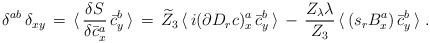
LaTeX: \begin{align*} \delta^{ab} \, \delta_{xy}\, =\, \langle \, \frac{\delta S}{\delta\bar c^a_x} \, \bar c^b_y\, \rangle\, =\, \widetilde Z_3 \, \langle \, i (\partial D_r c)^a_x \, \bar c^b_y\, \rangle \, - \,\frac{Z_\lambda \lambda }{Z_3} \,\langle \, (s_r B^a_x ) \, \bar c^b_y\, \rangle \; .\end{align*}